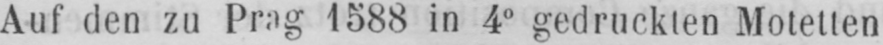
Auf den zu Prag 1588 in 4° gedruckten Motetten